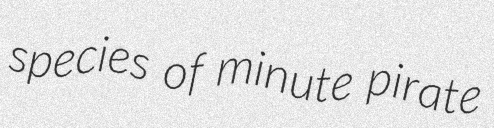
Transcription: species of minute pirate